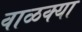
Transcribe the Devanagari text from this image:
वाळक्या